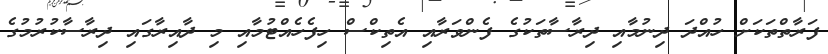
ފަރާތްތަކަށް ހުއްދަ ދިނުމާއި ދިރާސާތަކުގެ ފެންވަރާއި އެތިކްސް ހިފެހެއްޓުމާއި މި ދާއިރާގައި ދިރާސާކުރުމުގެ